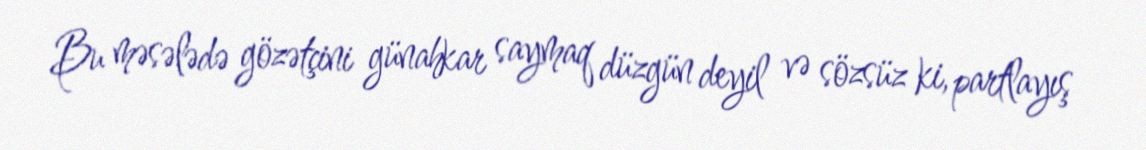
Bu məsələdə gözətçini günahkar saymaq düzgün deyil və sözsüz ki, partlayış